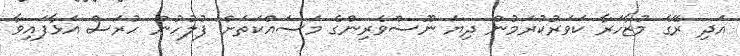
އަދި ރޭގެ މުޒާހަރާ ކަވަރުކުރަމުން ދިޔަ ނޫސްވެރިންގެ މަސައްކަތަށް ފުލުހުން ހުރަސް އަޅާފައިވާ